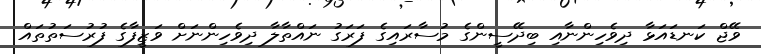
ވޭޖް ކަނޑައަޅާ ދިވެހިންނާއި ބިދޭސީންގެ މުސާރައިގެ ފަރަގު ނައްތާލާ ދިވެހިންނަށް ވަޒީފާގެ ފުރުސަތުތައް